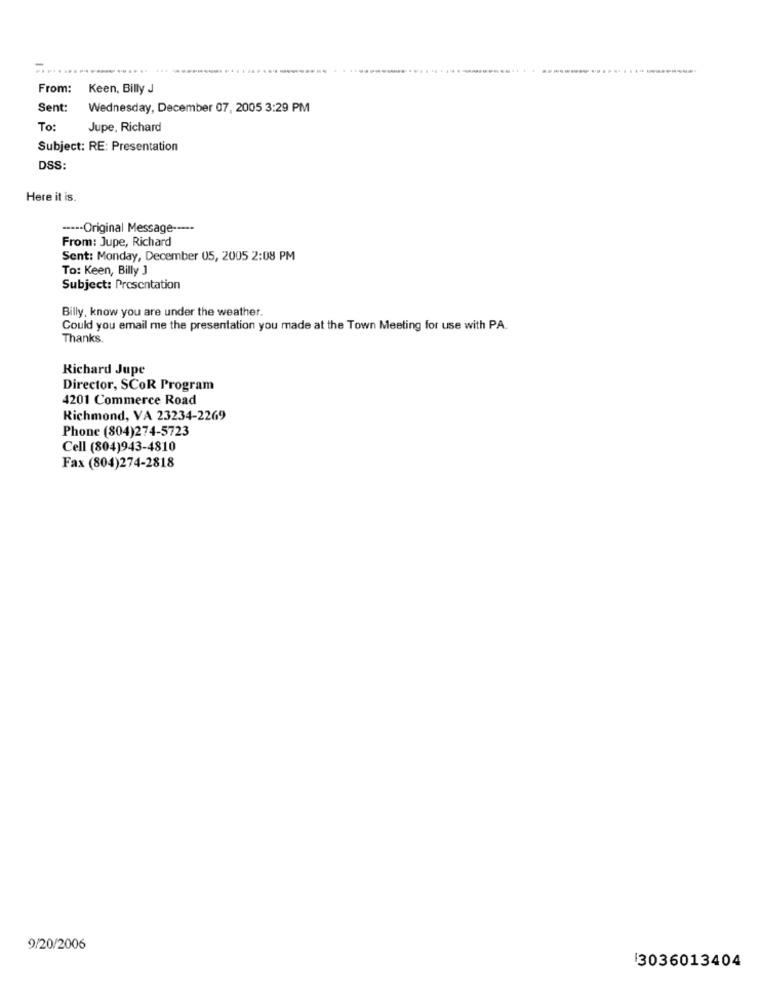
From: Keen, Billy J
Sent:
Wednesday, December 07, 2005 3:29 PM
To:
Jupe, Richard
Subject: RE: Presentation
DSS:
Here it is.
----- Original Message -----
From: Jupe, Richard
Sent: Monday, December 05, 2005 2:08 PM
To: Keen, Billy J
Subject: Presentation
Billy, know you are under the weather.
Could you email me the presentation you made at the Town Meeting for use with PA.
Thanks.
Richard Jupe
Director, SCOR Program
4201 Commerce Road
Richmond, VA 23234-2269
Phone (804)274-5723
Cell (804)943-4810
Fax (804)274-2818
9/20/2006
3036013404